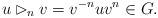
LaTeX: \begin{align*} u \rhd_{n} v= v^{-n} u v^n\in G. \end{align*}